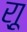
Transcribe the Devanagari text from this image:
र्‍ाू